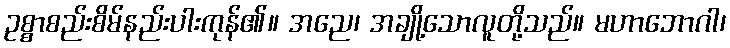
ဥစ္စာစည်းစိမ်နည်းပါးကုန်၏။ အညေ၊ အချို့သောလူတို့သည်။ မဟာဘောဂါ၊